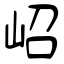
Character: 岹